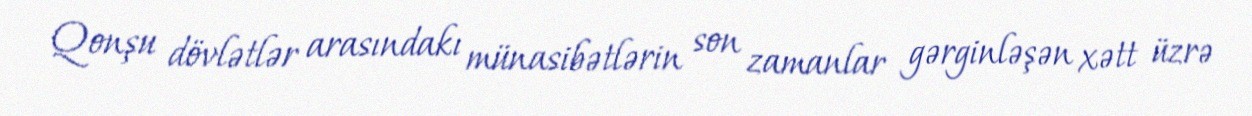
Qonşu dövlətlər arasındakı münasibətlərin son zamanlar gərginləşən xətt üzrə